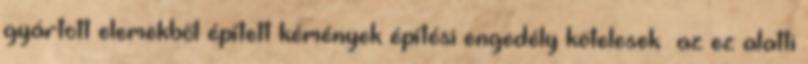
gyártott elemekből épített kémények építési engedély kötelesek az ez alatti